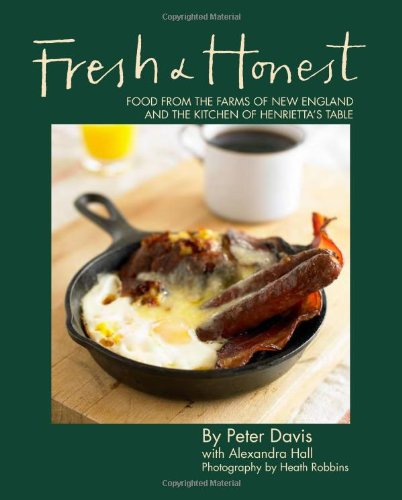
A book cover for Fresh & Honest: Food From the Farms of New England and the Kitchen of Henrietta's Table; Peter Davis; Cookbooks, Food & Wine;